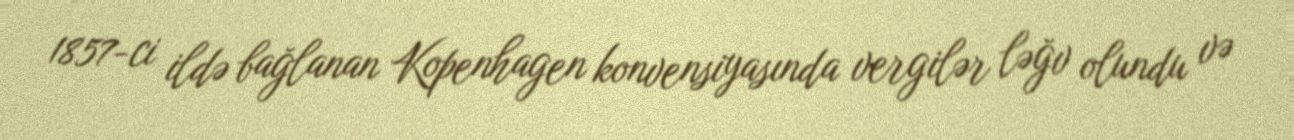
1857-ci ildə bağlanan Kopenhagen konvensiyasında vergilər ləğv olundu və